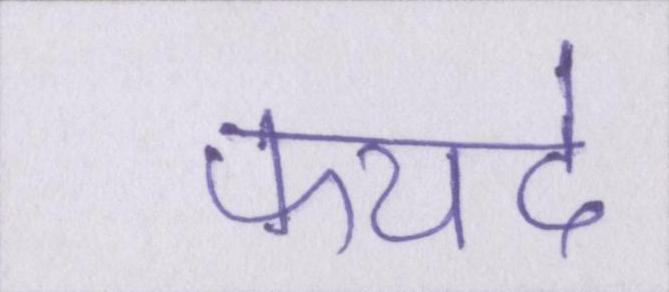
फयदे